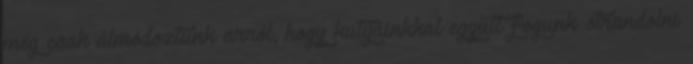
még csak álmodoztunk arról, hogy kutyáinkkal együtt fogunk strandolni